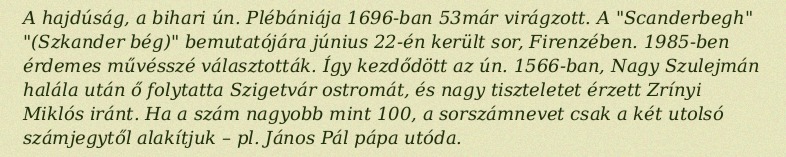
A hajdúság, a bihari ún. Plébániája 1696-ban 53már virágzott. A "Scanderbegh" "(Szkander bég)" bemutatójára június 22-én került sor, Firenzében. 1985-ben érdemes művésszé választották. Így kezdődött az ún. 1566-ban, Nagy Szulejmán halála után ő folytatta Szigetvár ostromát, és nagy tiszteletet érzett Zrínyi Miklós iránt. Ha a szám nagyobb mint 100, a sorszámnevet csak a két utolsó számjegytől alakítjuk – pl. János Pál pápa utóda.